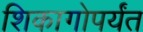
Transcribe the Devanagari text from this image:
शिकागोपर्यंत